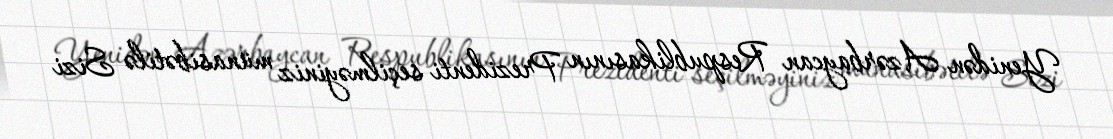
Yenidən Azərbaycan Respublikasının Prezidenti seçilməyiniz münasibətilə Sizi